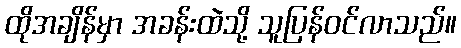
ထိုအချိန်မှာ အခန်းထဲသို့ သူပြန်ဝင်လာသည်။